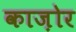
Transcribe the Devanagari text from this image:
काज़ोर